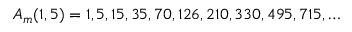
A _ { m } ( 1 , 5 ) = 1 , 5 , 1 5 , 3 5 , 7 0 , 1 2 6 , 2 1 0 , 3 3 0 , 4 9 5 , 7 1 5 , \ldots